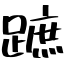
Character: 蹠